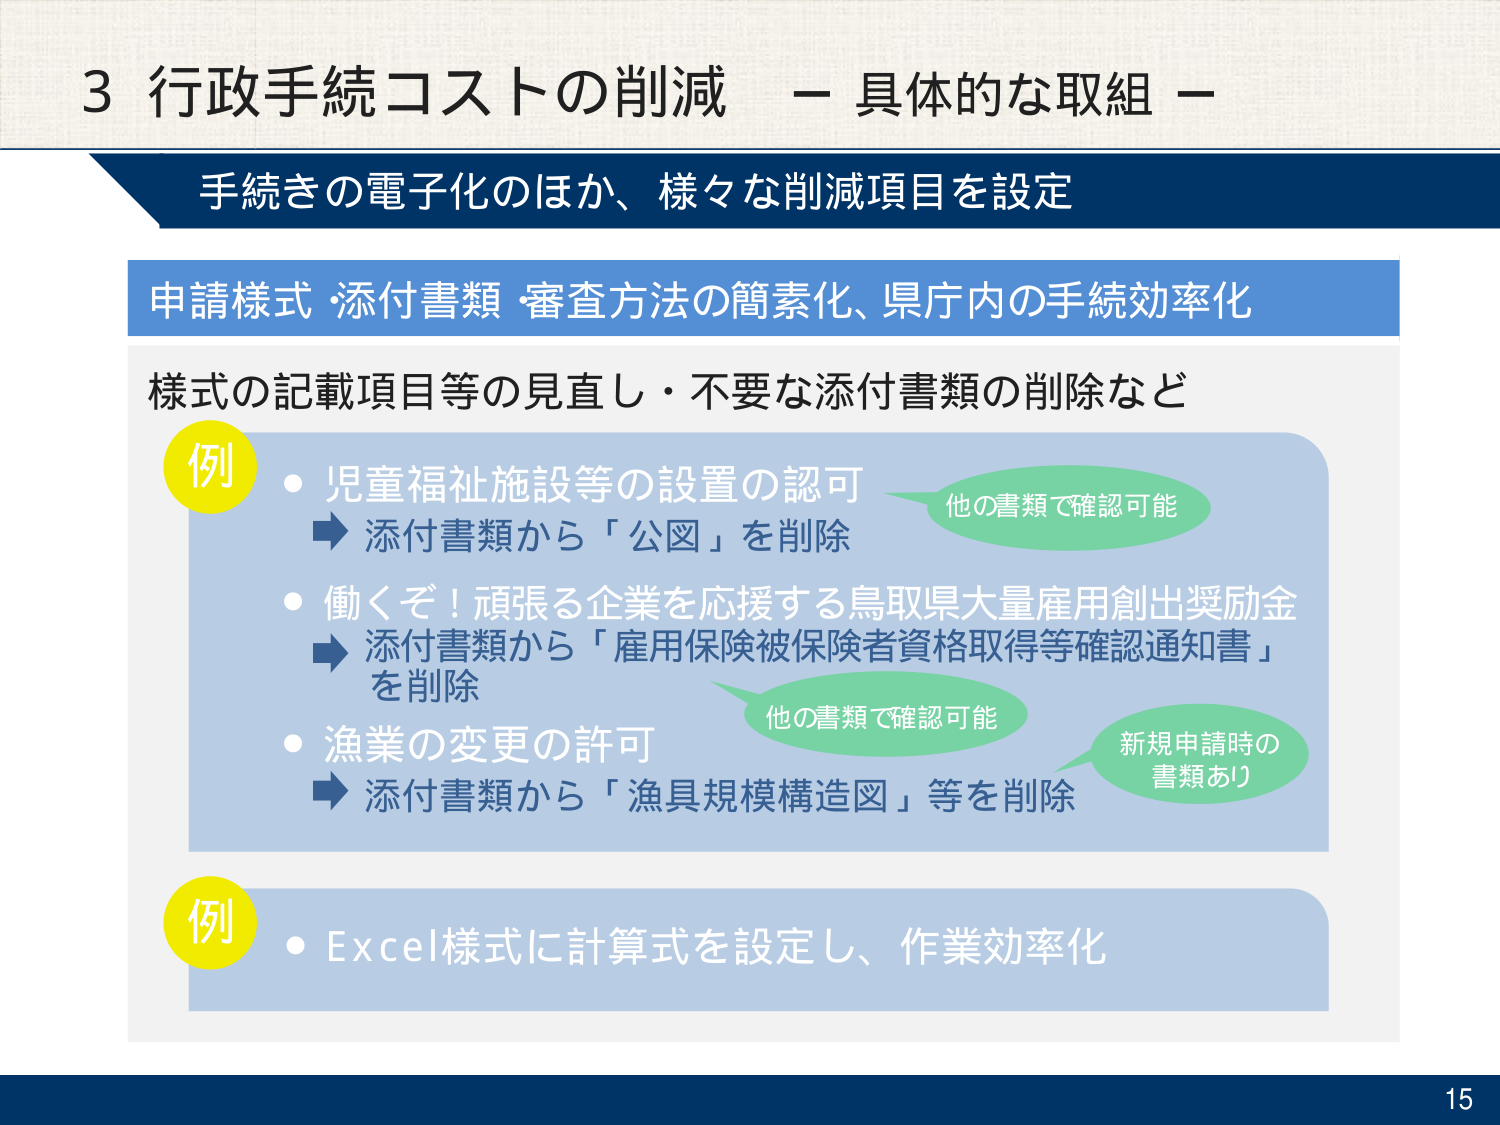
3 行政手続コストの削減 － 具体的な取組 －

手続きの電子化のほか、様々な削減項目を設定

申請様式・添付書類・審査方法の簡素化、県庁内の手続効率化

様式の記載項目等の見直し・不要な添付書類の削除など

例
・児童福祉施設等の設置の認可
　→ 添付書類から「公図」を削除
　　他の書類で確認可能

・働くぞ！頑張る企業を応援する鳥取県大量雇用創出奨励金
　→ 添付書類から「雇用保険被保険者資格取得等確認通知書」を削除
　　他の書類で確認可能

・漁業の変更の許可
　→ 添付書類から「漁具規模構造図」等を削除
　　新規申請時の書類あり

例
・Excel様式に計算式を設定し、作業効率化

15